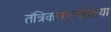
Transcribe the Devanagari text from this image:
तंत्रिकाशल्यक्रिया